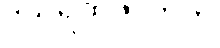
ဒသရထဇာတက